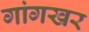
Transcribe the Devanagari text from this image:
गांगखर